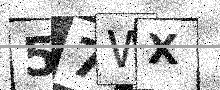
Text: 57WX